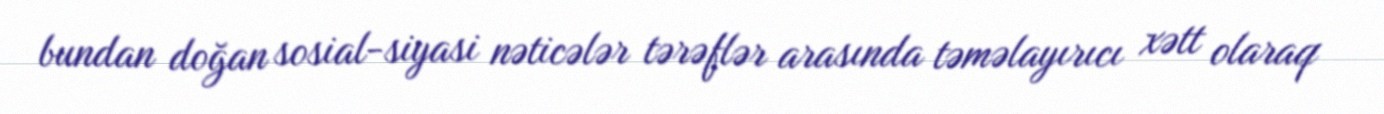
bundan doğan sosial-siyasi nəticələr tərəflər arasında təməlayırıcı xətt olaraq